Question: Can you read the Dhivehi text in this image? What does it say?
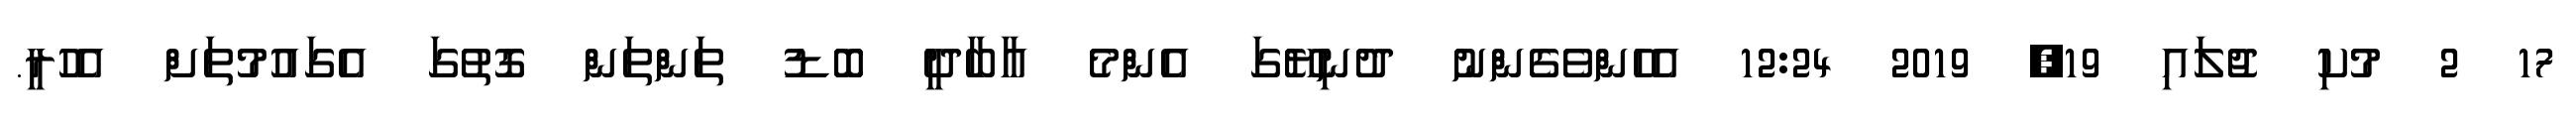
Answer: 17 2 މުކި ޖުލައި 19, 2019 12:24 އެހެންވެގެންނު ދުނިޔޭގަ އެންމެ އާބާދީ ބޮޑު ތަންތަން ގޮތުގަ އެގައުމުތަށް އެހުރީ.